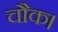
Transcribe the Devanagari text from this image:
चौक।